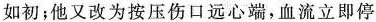
如初；他又改为按压伤口远心端，血流立即停